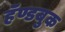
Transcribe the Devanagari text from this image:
हॅण्डबुक